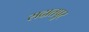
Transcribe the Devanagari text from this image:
सदातपुर